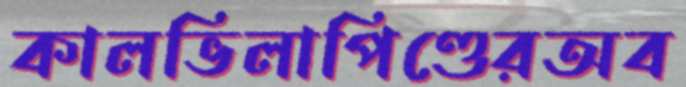
কালভিলাপিণ্ডেরঅব